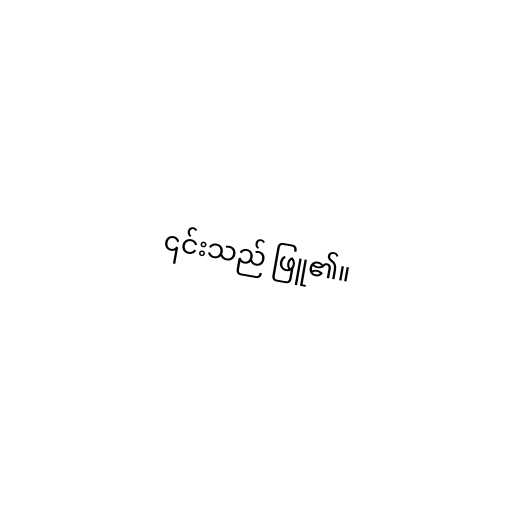
၎င်းသည် ဖြူ၏။